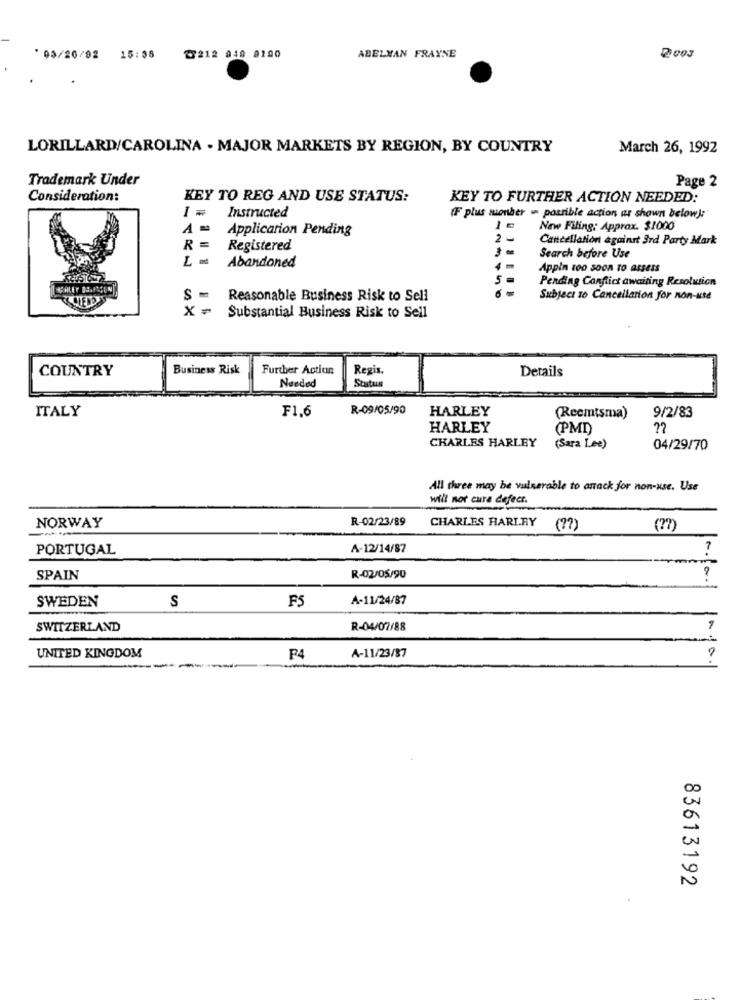
*03/20/92
15:38
2212 949 9190
ABELMAN FRAYNE
LORILLARD/CAROLINA - MAJOR MARKETS BY REGION, BY COUNTRY
March 26, 1992
Trademark Under
Page 2
Consideration:
KEY TO REG AND USE STATUS:
KEY TO FURTHER ACTION NEEDED:
I =
Instructed
(F plus monher w possible action as shown below);
A =
Application Pending
New Filing: Approx. $1000
2
Cancellation against 3rd Party Mark
R =
Registered
3
Abandoned
Search before Use
Appin 100 Soon TO assess
5
Pending Conflict awaiting Resolution
S -
Reasonable Business Risk to Sell
Subject to Cancellation for non-use
X =
Substantial Business Risk to Sell
COUNTRY
Business Risk
Further Action
Regis.
Details
Soutus
Needed
ITALY
F1,6
R-09/05/90
HARLEY
(Reemtsma)
9/2/83
HARLEY
(PMI)
22
CHARLES HARLEY (Sara Lee)
04/29/70
All three may be vulnerable to antack for non-use. Use
will not cura defect.
R-02/23/89
NORWAY
CHARLES HARLRY ( ?? )
( ?? )
PORTUGAL
A-12/14/87
?
SPAIN
R-02/05/90
SWEDEN
F5
A-11/24/87
S
SWITZERLAND
R-04/07/88
UNITED KINGDOM
F4
A-11/23/87
83613192